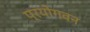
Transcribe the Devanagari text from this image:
प्रयोगवन